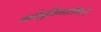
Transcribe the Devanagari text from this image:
मनोवृत्तिमदर्शयत्।